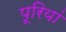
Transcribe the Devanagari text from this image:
पूरियां